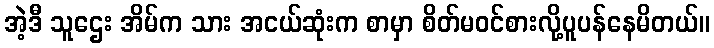
အဲ့ဒီ သူဌေး အိမ်က သား အငယ်ဆုံးက စာမှာ စိတ်မဝင်စားလို့ပူပန်နေမိတယ်။